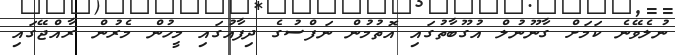
ނުލެވޭނެ ކަމަށް ގާނޫނުލް އުގޫބާތުގައި އޮތުމުން ނަފްސުގެ ދިފާއުގައި މީހުން މެރުން ރާއްޖޭގައި